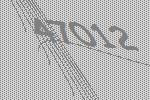
47012